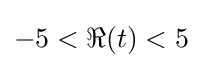
-5<\Re (t)<5